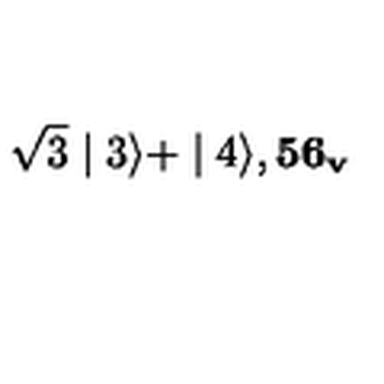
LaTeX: \sqrt { 3 } \mid 3 \rangle + \mid 4 \rangle , { \bf 5 6 _ { v } }